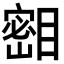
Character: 𪾺